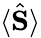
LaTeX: \langle\hat{\mathbf S}\rangle